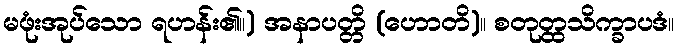
မဖုံးအုပ်သော ရဟန်း၏။) အနာပတ္တိ (ဟောတိ)။ စတုတ္ထသိက္ခာပဒံ။